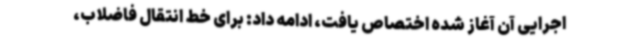
اجرایی آن آغاز شده اختصاص یافت، ادامه داد: برای خط انتقال فاضلاب،